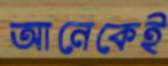
আনেকেই